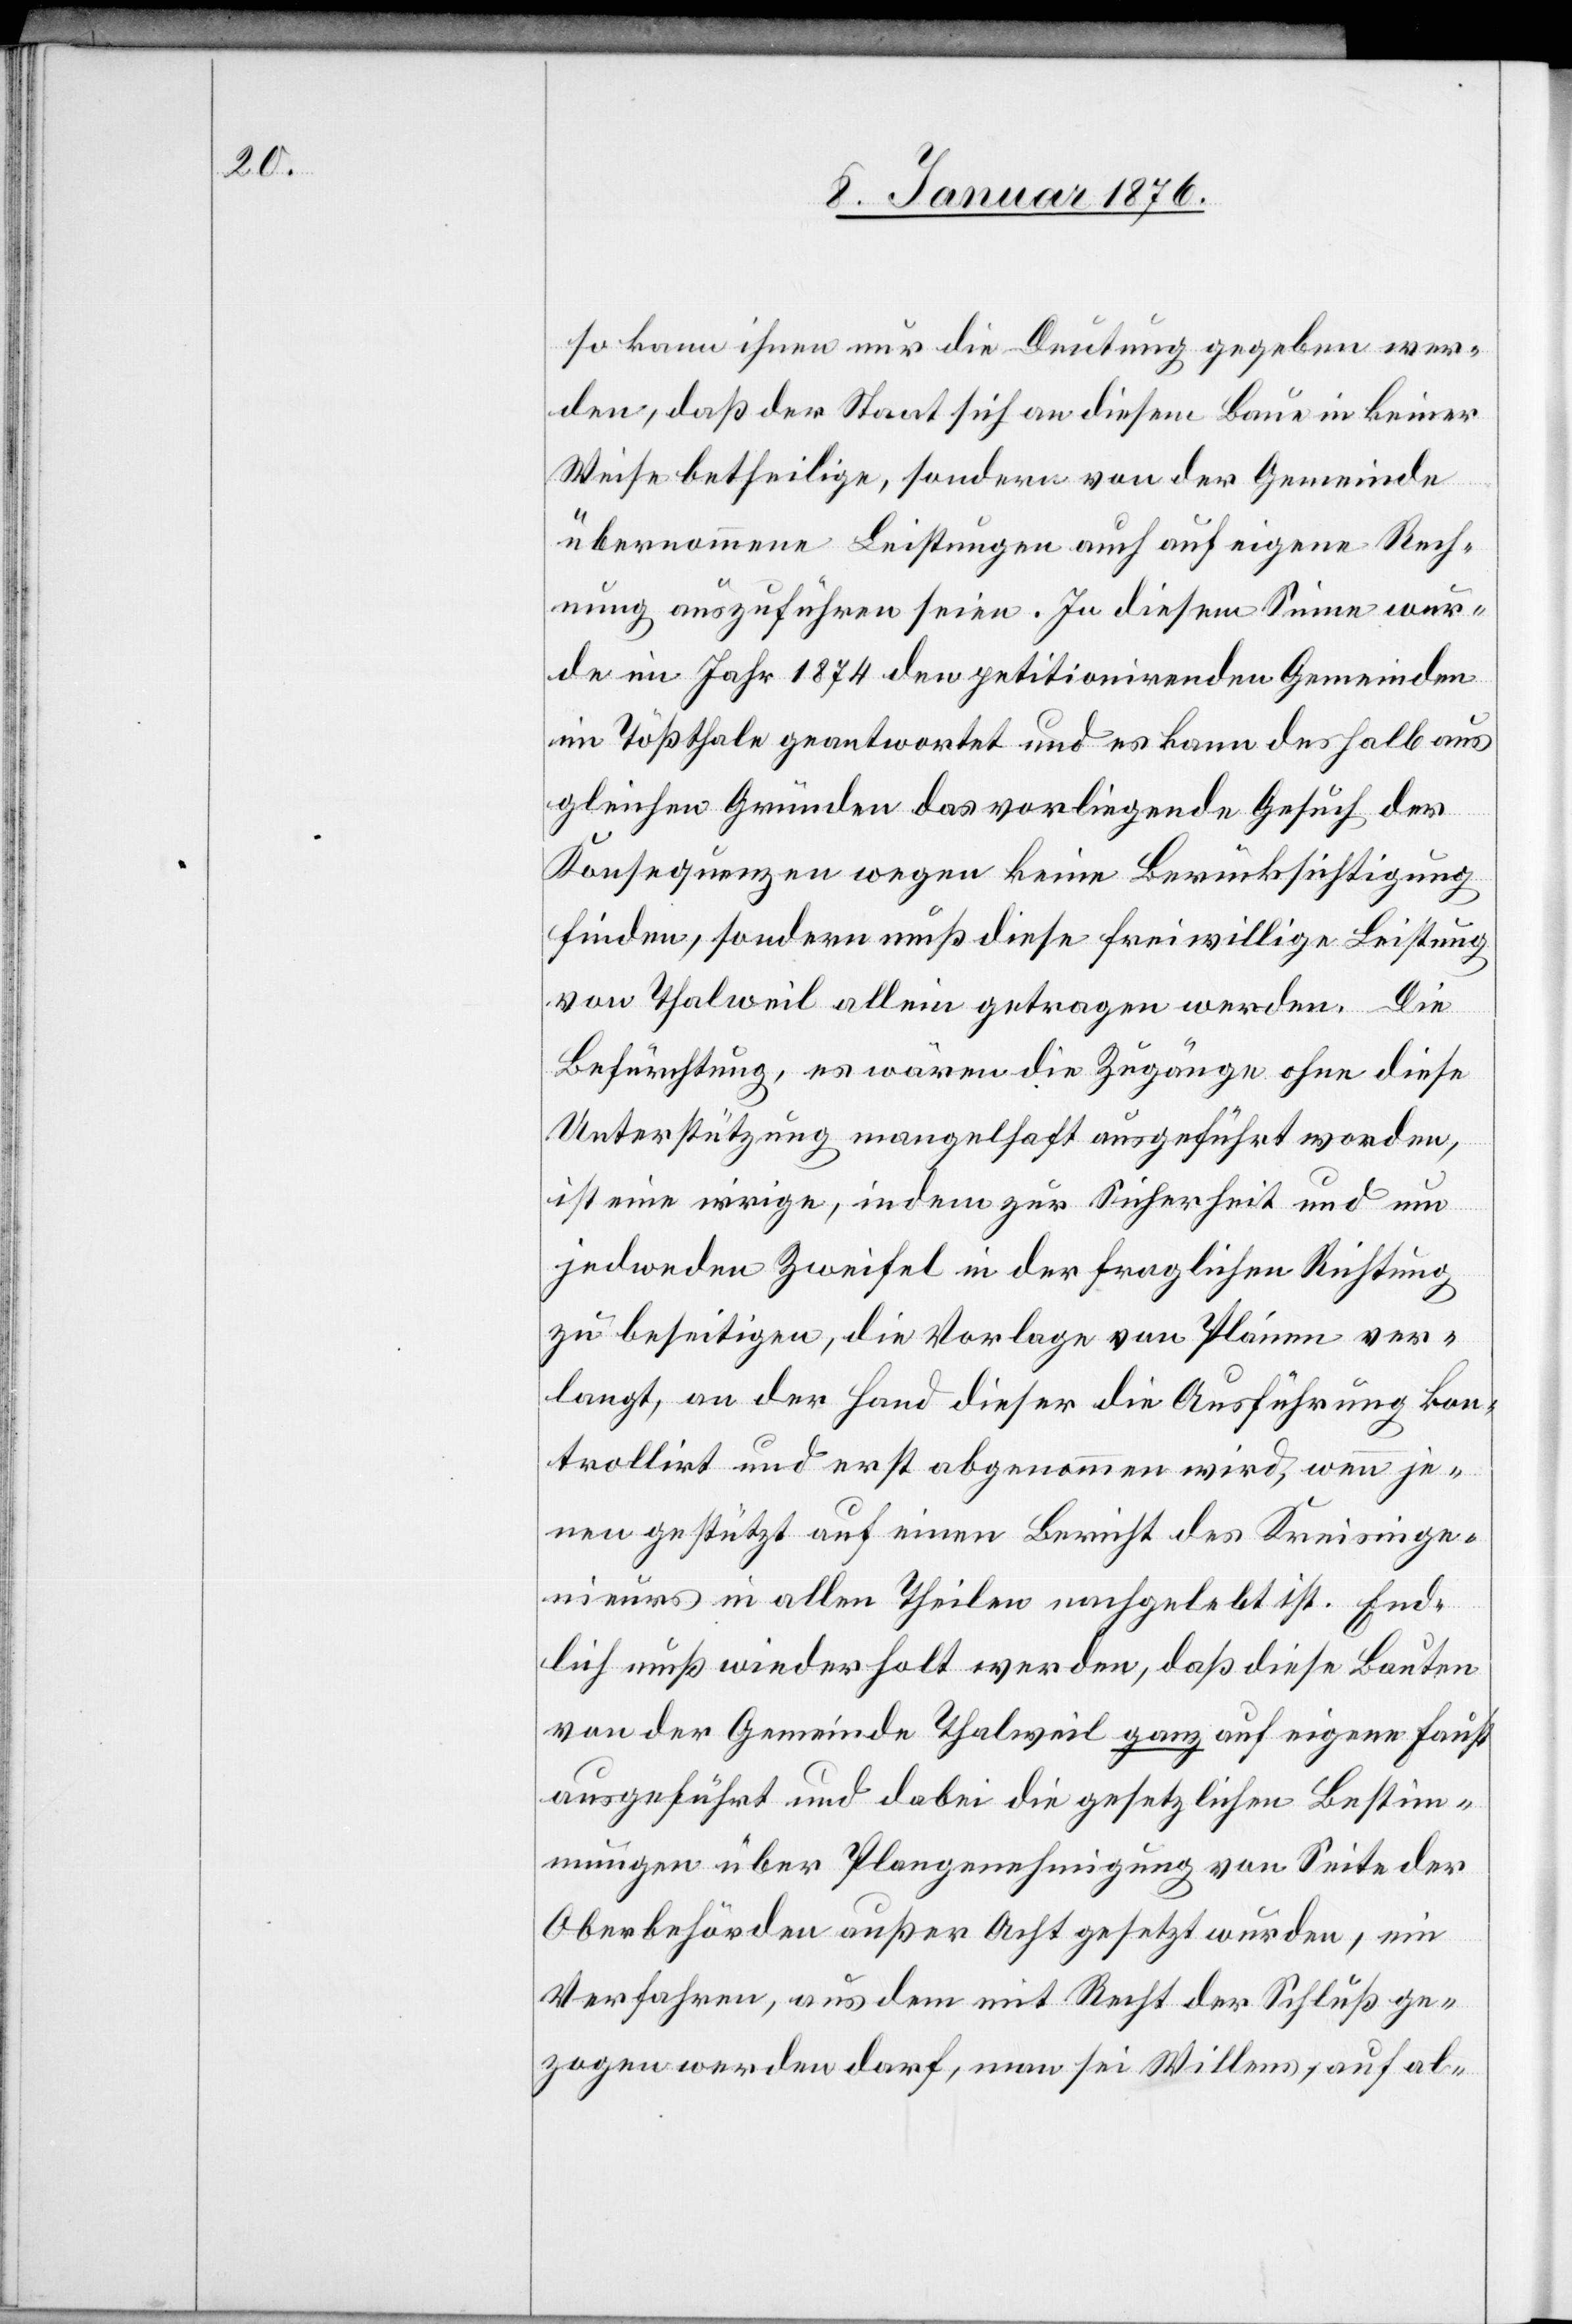
so kann ihnen nur die Deutung gegeben wer¬
den, daß der Staat sich an diesem Baue in keiner
Weise betheilige, sondern von der Gemeinde
übernommene Leistungen auch auf eigene Rech¬
nung auszuführen seien. In diesem Sinne wur¬
de im Jahr 1874 den petitionirenden Gemeinden
im Tößthale geantwortet und es kann deshalb aus
gleichen Gründen das vorliegende Gesuch der
Konsequenzen wegen keine Berücksichtigung
finden, sondern muß diese freiwillige Leistung
von Thalweil allein getragen werden. Die
Befürchtung, es wären die Zugänge ohne diese
Unterstützung mangelhaft ausgeführt worden,
ist eine irrige, indem zur Sicherheit und um
jedweden Zweifel in der fraglichen Richtung
zu beseitigen, die Vorlage von Plänen ver¬
langt, an der Hand dieser die Ausführung kon¬
trollirt und erst abgenommen wird, wenn je¬
nen gestützt auf einen Bericht des Kreisinge¬
nieurs in allen Theilen nachgelebt ist. End¬
lich muß widerholt werden, daß diese Bauten
von der Gemeinde Thalweil ganz auf eigene Faust
ausgeführt und dabei die gesetzlichen Bestim¬
mungen über Plangenehmigung von Seite der
Oberbehörden außer Acht gesetzt wurden, ein
Verfahren, aus dem mit Recht der Schluß ge¬
zogen werden darf, man sei Willens, auf al-